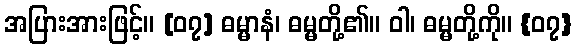
အပြားအားဖြင့်။ [၀၇] ဓမ္မာနံ၊ ဓမ္မတို့၏။ ဝါ၊ ဓမ္မတို့ကို။ {၀၇}